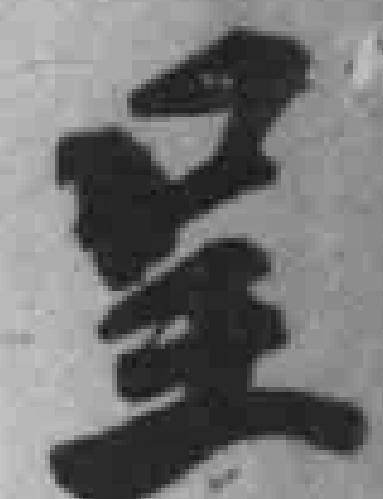
呈